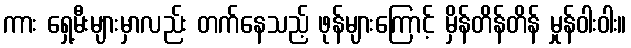
ကား ရှေ့မီးများမှာလည်း တက်နေသည့် ဖုန်များကြောင့် မှိန်တိန်တိန် မှုန်ဝါးဝါး။